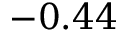
- 0 . 4 4